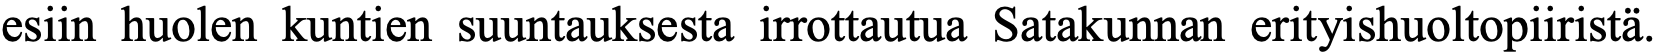
esiin huolen kuntien suuntauksesta irrottautua Satakunnan erityishuoltopiiristä.